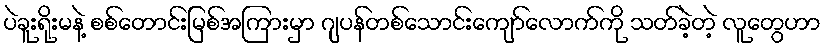
ပဲခူးရိုးမနဲ့ စစ်တောင်းမြစ်အကြားမှာ ဂျပန်တစ်သောင်းကျော်လောက်ကို သတ်ခဲ့တဲ့ လူတွေဟာ